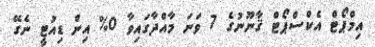
އިމްޕޯޓް އެކްސްޕޯޓް ޤާނޫނުގެ 7 ވަނަ މާއްދާގައިވާ 0% އިން ޑިއުޓީ ނެގޭ